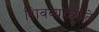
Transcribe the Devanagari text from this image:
शिवव्याख्याते